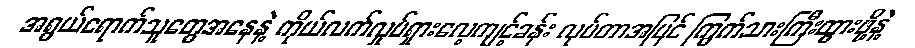
အရွယ်ရောက်သူတွေအနေနဲ့ ကိုယ်လက်လှုပ်ရှားလေ့ကျင့်ခန်း လုပ်တာအပြင် ကြွက်သားကြီးထွားဖို့နဲ့